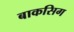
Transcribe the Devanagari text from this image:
बाकसिग